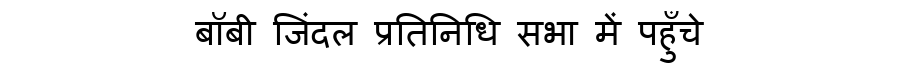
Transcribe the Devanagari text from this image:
बॉबी जिंदल प्रतिनिधि सभा में पहुँचे